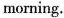
morning.